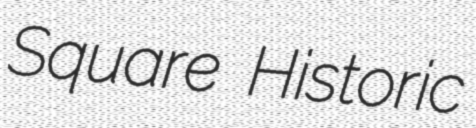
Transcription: Square Historic